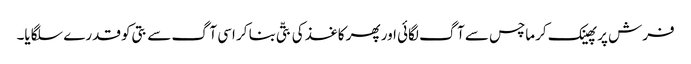
فرش پر پھینک کرماچس سے آگ لگائی اور پھر کاغذ کی بتّی بنا کر اسی آگ سے بتی کو قدرے سلگایا۔